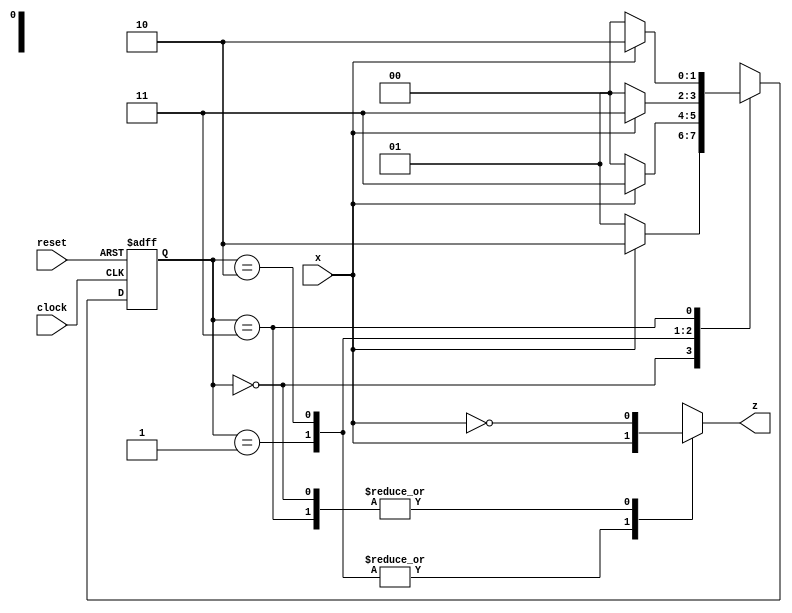
module Lab3_Mealy_state_diagram(output reg z, input x, clock, reset);
	reg [1:0] state;
	parameter S0=2'b00,S1=2'b01,S2=2'b10,S3=2'b11;
	always @(posedge clock,negedge reset)
	  if(reset==0) state<=S0;
	  else case(state)
	    S0: if(x) state<=S2; else state<=S1;
	    S1: if(x) state<=S3; else state<=S0;
	    S2: if(x) state<=S3; else state<=S1;
	    S3: if(x) state<=S2; else state<=S0;
	  endcase
	always @(state,x)
	  case(state)
	    S0: z=~x;
	    S1: z=x;
	    S2: z=x;
	    S3: z=~x;
	  endcase 
endmodule